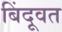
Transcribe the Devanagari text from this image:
बिंदूवत